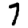
Digit: 7